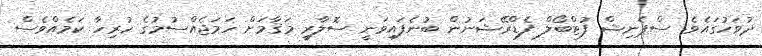
ދުވަހުގައެވެ. ސްޕެނިޝް ފުޓްބޯލް ފެޑްރޭޝަނުން ބުނެފައިވަނީ ސޮލާރީ މަޤާމަށް ހަމަޖެއްސުމުގެ ހުރިހާ ކަމެއްވެސް